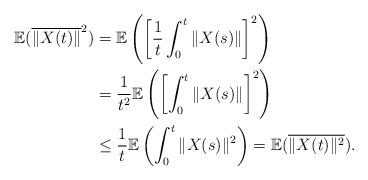
LaTeX: \begin{align*}\mathbb{E}(\overline{\Vert X(t)\Vert}^2)&=\mathbb{E}\left(\left[\frac{1}{t}\int_0^t \Vert X(s)\Vert\right]^2\right)\\&=\frac{1}{t^2}\mathbb{E}\left(\left[\int_0^t \Vert X(s)\Vert\right]^2\right)\\&\leq \frac{1}{t}\mathbb{E}\left(\int_0^t \Vert X(s)\Vert^2\right)=\mathbb{E}( \overline{\Vert X(t)\Vert^2}).\end{align*}